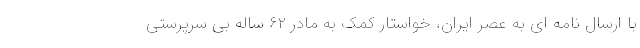
با ارسال نامه ای به عصر ایران، خواستار کمک به مادر ۶۲ ساله بی سرپرستی